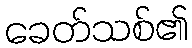
ခေတ်သစ်၏